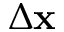
\Delta \mathbf { x }